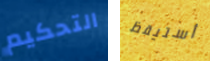
التحكيم أستيقظ